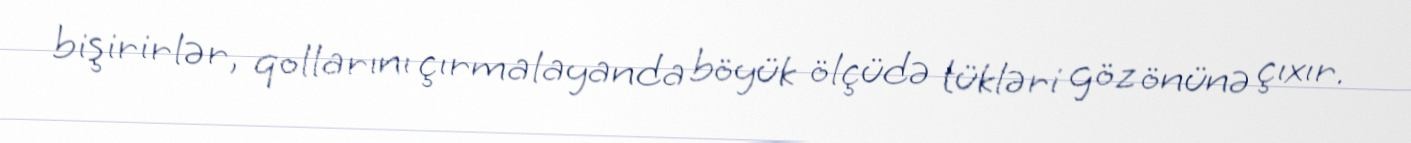
bişirirlər, qollarını çırmalayanda böyük ölçüdə tükləri göz önünə çıxır.